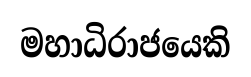
මහාධිරාජයෙකි